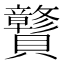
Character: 𰷝